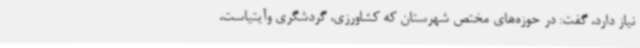
نیاز دارد، گفت: در حوزه‌های مختص شهرستان که کشاورزی، گردشگری وآیتیاست،